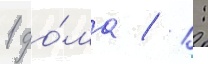
1 до́ма / 1: